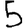
Digit: 5